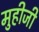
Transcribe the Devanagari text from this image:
मुहीजी